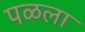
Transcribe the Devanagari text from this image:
पळला